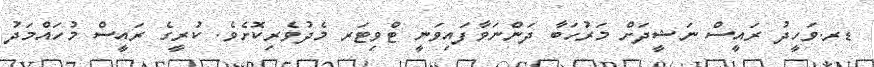
ޑރ.ވަހީދު ރައީސް ނަޝީދަށް މަރުހަބާ ދަންނަވާފައިވަނީ ޓްވިޓަރ މެދުވެރިކޮށެވެ. ކުރީގެ ރައީސް މުހައްމަދު